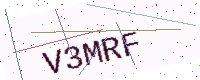
Text: V3MRF